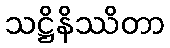
သဋ္ဌိနိဿိတာ